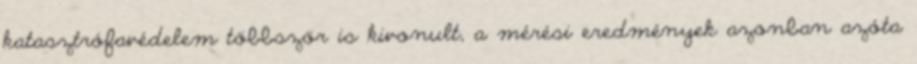
katasztrófavédelem többször is kivonult, a mérési eredmények azonban azóta